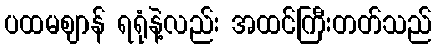
ပထမဈာန် ရရုံနဲ့လည်း အထင်ကြီးတတ်သည်